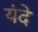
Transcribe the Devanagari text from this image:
यंदे